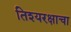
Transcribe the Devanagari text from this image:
तिश्यरक्षाचा